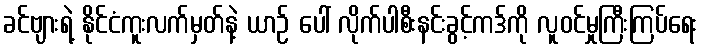
ခင်ဗျားရဲ့ နိုင်ငံကူးလက်မှတ်နဲ့ ယာဉ် ပေါ် လိုက်ပါစီးနင်းခွင့်ကဒ်ကို လူဝင်မှုကြီးကြပ်ရေး